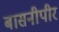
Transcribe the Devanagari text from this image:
बासनीपीर